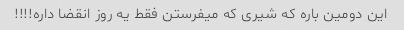
این دومین باره که شیری که میفرستن فقط یه روز انقضا داره!!!!